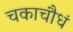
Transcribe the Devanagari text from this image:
चकाचौधं